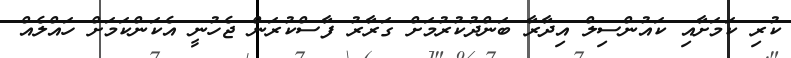
ކުރި ކަމަށާއި ކައުންސިލް އިދާރާ ބަންދުކުރުމަށް ގަރާރު ފާސްކުރަން ޖެހުނީ އެކަންކަމަށް ހައްލެއް